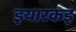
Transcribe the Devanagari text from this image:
इयारकइ